Theory and practice of anti-rabic immunisation - Number 30
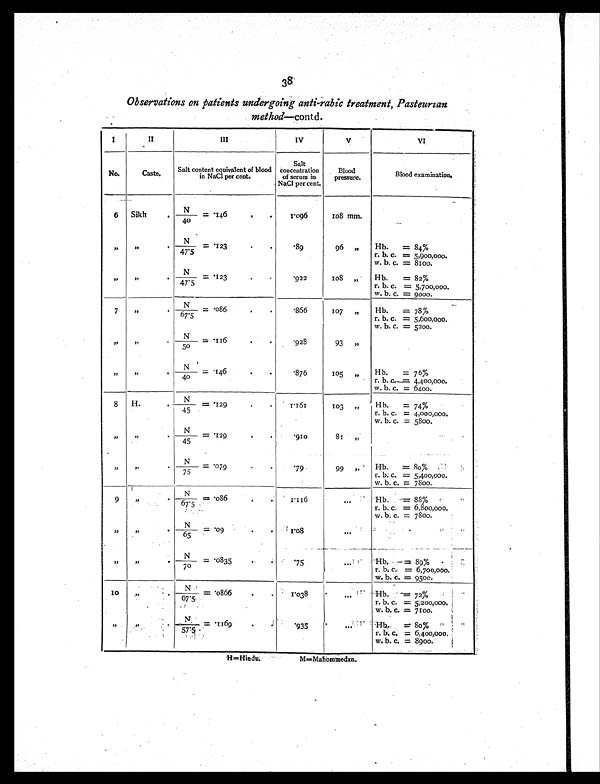
38
Observations on patients undergoing anti-rabic treatment, Pasteurian
method—contd.
I
II
III
IV
V
V I
No.
Caste.
Salt content equivalent of blood
in NaCl per cent.
Salt
concentration
of serum in
NaCl per cent.
Blood
pressure.
Blood examination.
6 Sikh
N
/40 = .146
1.096
108 mm.
"
"
N /47.5 = .123
. 8 9 96 "
Hb. = 84%
r. b. c. = 5,900,000.
w. b. c. = 8100.
"
"
N /47.5 = .123
. 9 2 2 108 "
Hb. = 82%
r. b. c. = 5,700,000.
w. b. c. = 9000.
7
"
N/67.5 = .086
. 8 6 6 107 "
Hb. = 78%
r. b. c. = 5,600,000.
w. b. c. = 5200.
"
"
N/50 = .116
. 9 2 8 93 "
"
"
N/40 = .146
. 8 7 6 105 "
Hb. = 76%
r. b. c. = 4,400,000.
w. b. c. = 6400.
8
H.
N /45 = .129
1 . 1 6 1
103 "
Hb. = 74%
r. b. c. = 4,000,000.
w. b. c. = 5800.
"
"
N /45 = .129
. 9 1 0
8 1 "
"
"
N /75 = .079
.79
99 "
Hb. = .80%
r. b. c. = 5,400,000.
w. b. c. = 7800.
9
"
N
/67.5 = .086
1 . 1 1 6
. . .
Hb. = 88%
r. b. c. = 6,800,000.
w. b. c. = 7800.
"
"
N/ 6 5 = . 0 9
1.08
. . .
"
" N
/70 = .0835
.75
. . .
H b . = 8 9 %
r. b. c. = 6,700,000.
w. b. c. = 9500.
10
"
N /67.5 = .0866
1.038
...
Hb. = 72%
r. b. c. = 5,200,000.
w. b. c. = 7100.
"
"
N / 5 7 . 5 = . 1 1 6 9
.935
...
Hb. = 80%
r. b. c. = 6,400,000.
w. b. c. = 8900.
H=Hindu.
M=Mahommedan.